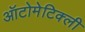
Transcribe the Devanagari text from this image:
ऑटोमेटिक्ली